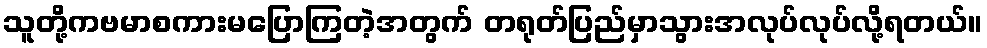
သူတို့ကဗမာစကားမပြောကြတဲ့အတွက် တရုတ်ပြည်မှာသွားအလုပ်လုပ်လို့ရတယ်။